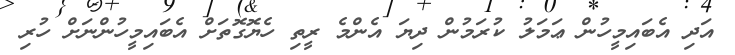
އަދި އެބައިމީހުން ޢަމަލު ކުރަމުން ދިޔަ އެންމެ ރީތި ހެޔޮގޮތަށް އެބައިމީހުންނަށް ހުރި